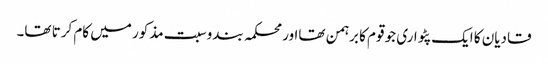
قادیان کا ایک پٹواری جو قوم کا برہمن تھااور محکمہ بندوسبت مذکور میں کام کرتا تھا۔